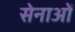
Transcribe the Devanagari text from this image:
सेनाओें